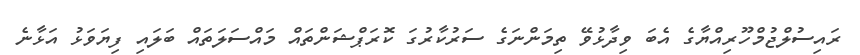
ރައިސުލްޖުމްހޫރިއްޔާގެ އެބަ ވިދާޅުވޭ ތިމަންނަގެ ސަރުކާރުގަ ކޮރަޕްޝަންތައް މައްސަލަތައް ބަލައި ފިޔަވަޅު އަޅާނެ